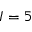
I = 5